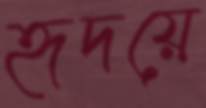
হৃদয়ে